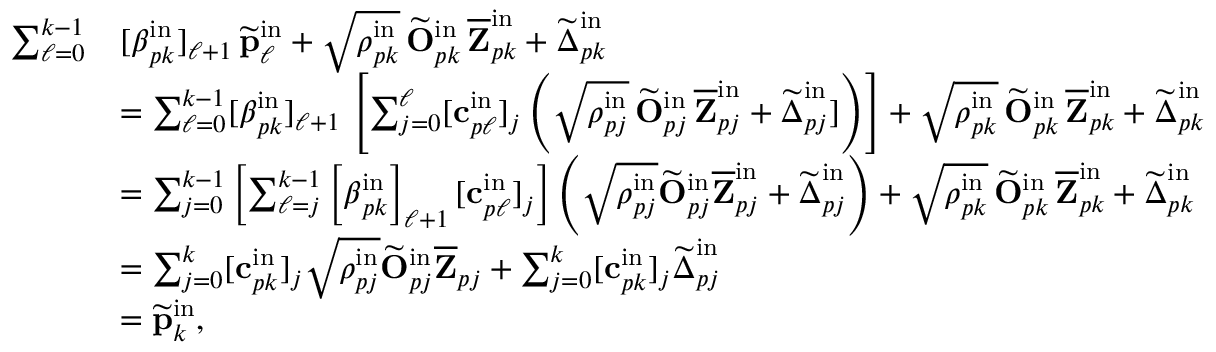
\begin{array} { r l } { \sum _ { \ell = 0 } ^ { k - 1 } } & { [ \boldsymbol { \beta } _ { p k } ^ { \mathrm { i n } } ] _ { \ell + 1 } \, \widetilde { \mathbf { p } } _ { \ell } ^ { \mathrm { i n } } + \sqrt { \rho _ { p k } ^ { \mathrm { i n } } } \, \widetilde { \mathbf { O } } _ { p k } ^ { \mathrm { i n } } \, \overline { { \mathbf { Z } } } _ { p k } ^ { \mathrm { i n } } + \widetilde { \boldsymbol { \Delta } } _ { p k } ^ { \mathrm { i n } } } \\ & { = \sum _ { \ell = 0 } ^ { k - 1 } [ \boldsymbol { \beta } _ { p k } ^ { \mathrm { i n } } ] _ { \ell + 1 } \, \left[ \sum _ { j = 0 } ^ { \ell } [ \mathbf { c } _ { p \ell } ^ { \mathrm { i n } } ] _ { j } \left( \sqrt { \rho _ { p j } ^ { \mathrm { i n } } } \, \widetilde { \mathbf { O } } _ { p j } ^ { \mathrm { i n } } \, \overline { { \mathbf { Z } } } _ { p j } ^ { \mathrm { i n } } + \widetilde { \boldsymbol { \Delta } } _ { p j } ^ { \mathrm { i n } } ] \right) \right] + \sqrt { \rho _ { p k } ^ { \mathrm { i n } } } \, \widetilde { \mathbf { O } } _ { p k } ^ { \mathrm { i n } } \, \overline { { \mathbf { Z } } } _ { p k } ^ { \mathrm { i n } } + \widetilde { \boldsymbol { \Delta } } _ { p k } ^ { \mathrm { i n } } } \\ & { = \sum _ { j = 0 } ^ { k - 1 } \left[ \sum _ { \ell = j } ^ { k - 1 } \left[ \boldsymbol { \beta } _ { p k } ^ { \mathrm { i n } } \right] _ { \ell + 1 } [ \mathbf { c } _ { p \ell } ^ { \mathrm { i n } } ] _ { j } \right] \left( \sqrt { \rho _ { p j } ^ { \mathrm { i n } } } \widetilde { \mathbf { O } } _ { p j } ^ { \mathrm { i n } } \overline { { \mathbf { Z } } } _ { p j } ^ { \mathrm { i n } } + \widetilde { \boldsymbol { \Delta } } _ { p j } ^ { \mathrm { i n } } \right) + \sqrt { \rho _ { p k } ^ { \mathrm { i n } } } \, \widetilde { \mathbf { O } } _ { p k } ^ { \mathrm { i n } } \, \overline { { \mathbf { Z } } } _ { p k } ^ { \mathrm { i n } } + \widetilde { \boldsymbol { \Delta } } _ { p k } ^ { \mathrm { i n } } } \\ & { = \sum _ { j = 0 } ^ { k } [ \mathbf { c } _ { p k } ^ { \mathrm { i n } } ] _ { j } \sqrt { \rho _ { p j } ^ { \mathrm { i n } } } \widetilde { \mathbf { O } } _ { p j } ^ { \mathrm { i n } } \overline { { \mathbf { Z } } } _ { p j } + \sum _ { j = 0 } ^ { k } [ \mathbf { c } _ { p k } ^ { \mathrm { i n } } ] _ { j } \widetilde { \boldsymbol { \Delta } } _ { p j } ^ { \mathrm { i n } } } \\ & { = \widetilde { \mathbf { p } } _ { k } ^ { \mathrm { i n } } , } \end{array}